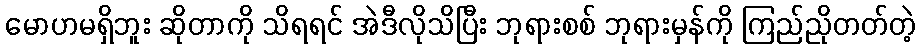
မောဟမရှိဘူး ဆိုတာကို သိရရင် အဲဒီလိုသိပြီး ဘုရားစစ် ဘုရားမှန်ကို ကြည်ညိုတတ်တဲ့